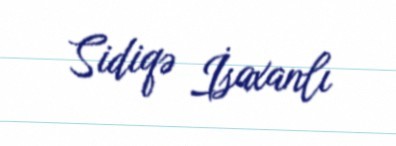
Sidiqə İsaxanlı